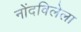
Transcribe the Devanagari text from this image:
नोंदविलेला